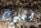
بيرة